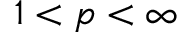
1 < p < \infty